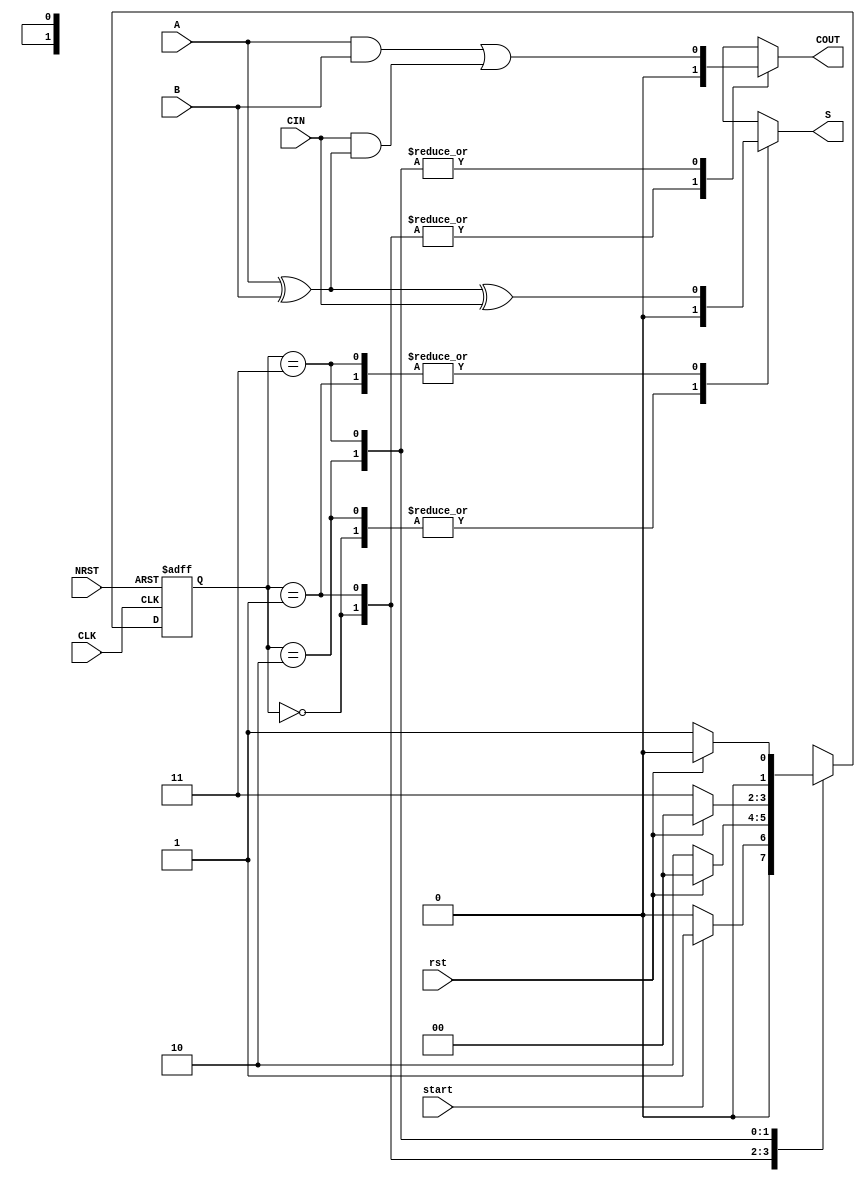
// -----------------------------------------------------------------------------------------
// Version | Programmer                                     | Date       | Remark   
// -----------------------------------------------------------------------------------------
// V1      | Dr Kwen-Siong Chong (kschong@ntu.edu.sg)       | 02/08/2013 | Initial version
// -----------------------------------------------------------------------------------------  
//
// The code is a behavioural code for a state machine
// The code is for teaching purpose in the NTU-TUM class, NM6008. 

module StateMachine (
	CLK, NRST, start, rst,
	CIN, A, B, 
	S, COUT);
	//current_state);

// Initial: input and output declaration
input CLK, NRST, start, rst, CIN, A, B;
output S, COUT;//, current_state;

//
parameter S0 = 2'b00;
parameter S1 = 2'b01;
parameter S2 = 2'b10;
parameter S3 = 2'b11;

//
reg [1:0] state, next_state;
reg S, COUT;

// CLK and NRST: Sequential Logic for the current state logic
always @ (posedge CLK or negedge NRST)
	if (!NRST)
		begin
			state <= S0;
		end
	else
		begin
			state <= next_state;
		end

// Combinational Outputs
//assign S = A ^ B ^ CIN;
//assign COUT = (A & B) | (CIN & (A ^ B));

// State Machine
always @ (state or start or rst)
	case (state)
		S0: begin
				if (start)
					next_state = S1;
				else
					next_state = S0;
				S = 0;
				COUT = 0;
			end
		S1: begin
				if (rst) // 1 effective
					next_state = S0;
				else
					next_state = S2;
				S = A ^ B ^ CIN;
				COUT = 0;
			end
		S2: begin
				if (rst)
					next_state = S0;
				else
					next_state = S3;
				S = 0;
				COUT = (A & B) | (CIN & (A ^ B));
			end
		S3: begin
				if (rst)
					next_state = S0;
				else
					next_state = S1;
				S = A ^ B ^ CIN;
				COUT = (A & B) | (CIN & (A ^ B));
			end
		//default:
			//begin 
				//state = S0;
			//end
	endcase

endmodule